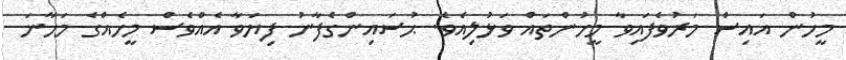
މީހުން އައިސް މަރުވެފައިވާ މީހުންތައް ވަޅުލިއެވެ. ޙުސައިންގެފާނު ފިޔަވާ އެއްވެސް މީހެއްގެ މަހާނަ